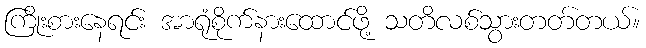
ကြိုးစားနေရင်း အာရုံစိုက်နားထောင်ဖို့ သတိလစ်သွားတတ်တယ်။